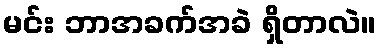
မင်း ဘာအခက်အခဲ ရှိတာလဲ။